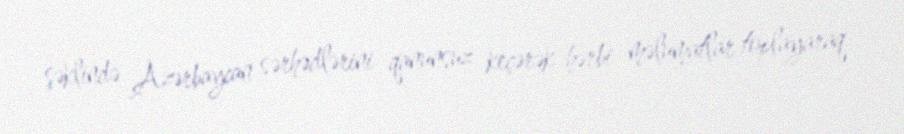
şəklində Azərbaycan sərhədlərini qanunsuz keçərək hərbi məlumatlar toplayaraq